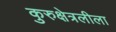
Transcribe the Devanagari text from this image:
कुरुक्षेत्रलीला